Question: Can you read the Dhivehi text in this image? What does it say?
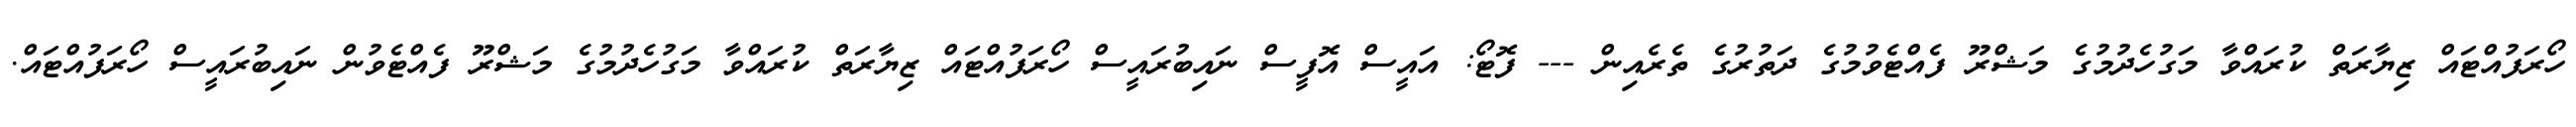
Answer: ހޯރަފުއްޓައް ޒިޔާރަތް ކުރައްވާ މަގުހެދުމުގެ މަޝްރޫ ފެއްޓެވުމުގެ ދަތުރުގެ ތެރެއިން --- ފޮޓޯ: އައީސް އޮފީސް ނައިބުރައީސް ހޯރަފުއްޓައް ޒިޔާރަތް ކުރައްވާ މަގުހެދުމުގެ މަޝްރޫ ފެއްޓެވުން ނައިބުރައީސް ހޯރަފުއްޓައް.